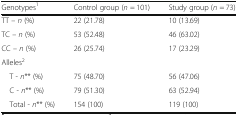
<table><thead><tr><td><b>Genotypes<sup>1</sup></b></td><td><b>Control group (<i>n</i> = 101)</b></td><td><b>Study group (<i>n</i> = 73)</b></td></tr></thead><tbody><tr><td>TT – <i>n</i> (%)</td><td>22 (21.78)</td><td>10 (13.69)</td></tr><tr><td>TC – <i>n</i> (%)</td><td>53 (52.48)</td><td>46 (63.02)</td></tr><tr><td>CC – <i>n</i> (%)</td><td>26 (25.74)</td><td>17 (23.29)</td></tr><tr><td colspan="3">Alleles<sup>2</sup></td></tr><tr><td> T - <i>n</i>** (%)</td><td>75 (48.70)</td><td>56 (47.06)</td></tr><tr><td> C - <i>n</i>** (%)</td><td>79 (51.30)</td><td>63 (52.94)</td></tr><tr><td> Total - <i>n</i>** (%)</td><td>154 (100)</td><td>119 (100)</td></tr></tbody></table>